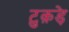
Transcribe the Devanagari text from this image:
टुक़ड़े